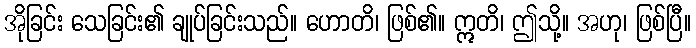
အိုခြင်း သေခြင်း၏ ချုပ်ခြင်းသည်။ ဟောတိ၊ ဖြစ်၏။ ဣတိ၊ ဤသို့။ အဟု၊ ဖြစ်ပြီ။